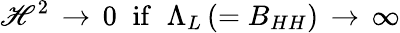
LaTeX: \mathscr{H}^{2}\, \rightarrow\, 0\; \; \mathrm{{if}}\; \; \Lambda_{L}\, (=B_{HH})\, \rightarrow\, \infty